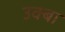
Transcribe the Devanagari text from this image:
उक्बा